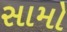
સામો